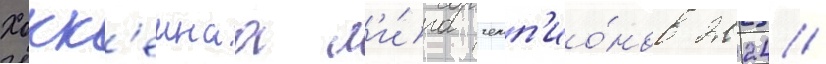
Хокк'еинаа л'и́га чемп'ио́нов 2024/